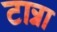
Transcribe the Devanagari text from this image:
टान्ना